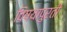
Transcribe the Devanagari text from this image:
विषयापुरती